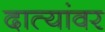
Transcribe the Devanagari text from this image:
दात्यांवर